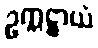
ဥက္ကဋ္ဌာယံ